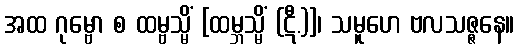
အထ ဂုမ္ဗော စ ထမ္ဗသ္မိံ [ထမ္ဘသ္မိံ (ဋီ.)]၊ သမူဟေ ဗလသဇ္ဇနေ။